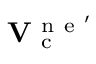
\mathbf { V } _ { \mathrm { ~ c ~ } } ^ { \mathrm { ~ n ~ e ~ } ^ { \prime } }